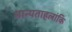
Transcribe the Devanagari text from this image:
मान्यताहलांकि